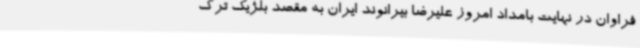
فراوان در نهایت بامداد امروز علیرضا بیرانوند ایران به مقصد بلژیک ترک